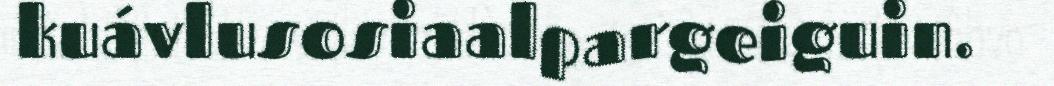
kuávlusosiaalpargeiguin.